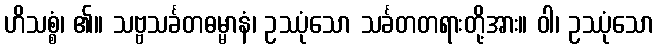
ဟိသစ္စံ၊ ၏။ သဗ္ဗသင်္ခတဓမ္မာနံ၊ ဥဿုံသော သင်္ခတတရားတို့အား။ ဝါ၊ ဥဿုံသော